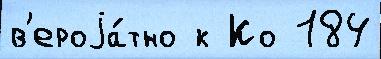
в'ероjа́тно к Ко 184